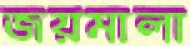
জয়মালা